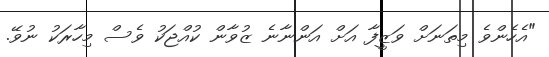
"އެހެންވެ މިތަނަށް ވަޒީފާ އަށް އަންނާނެ ޒުވާން ކުއްޖަކު ވެސް މިހާރަކު ނުވޭ.